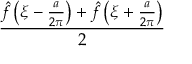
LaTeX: \frac { { \hat { f } } \left( \xi - { \frac { a } { 2 \pi } } \right) + { \hat { f } } \left( \xi + { \frac { a } { 2 \pi } } \right) } { 2 }